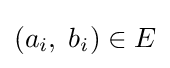
(a_{i},\;b_{i})\in E